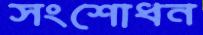
সংশোধন